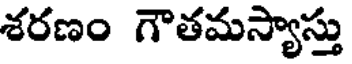
శరణం గౌతమస్యాస్తు